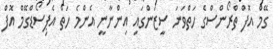
ގޭމް އޮފް ތްރޯންސްގެ ހަތްވަނަ ސީޒަންގައި އިންނާނީ އެންމެ ހަތް އެޕިސޯޑްގޭމް އޮފް